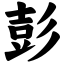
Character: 彭